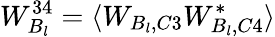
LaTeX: W_{B_{l}}^{34}=\langle W_{B_{l},C3}W_{B_{l},C4}^{*}\rangle